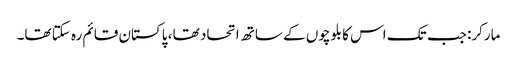
مارکر: جب تک اس کا بلوچوں کے ساتھ اتحاد تھا ، پاکستان قائم رہ سکتا تھا۔